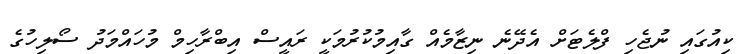
ކިއުގައި ނުޖެހި ފްލެޓަށް އެދޭނެ ނިޒާމެއް ގާއިމުކުރުމަކީ ރައީސް އިބްރާހިމް މުހައްމަދު ސޯލިހުގެ